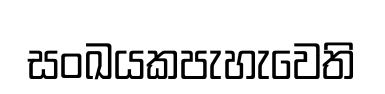
සංඛයකපැහැවෙති